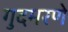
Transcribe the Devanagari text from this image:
गुदमरणे